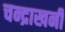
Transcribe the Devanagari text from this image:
चन्द्राखनी